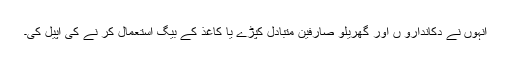
انہوں نے دکاندارو ں اور گھریلو صارفین متبادل کپڑے یا کاغذ کے بیگ استعمال کر نے کی اپیل کی۔